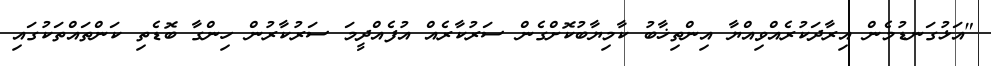
"އަޅުގަނޑުމެން އިރާދަކުރެއްވިއްޔާ އިންތިޚާބު ކާމިޔާބުކޮށްގެން ސަރުކާރެއް އުފެއްދީމަ ސަރުކާރުން ހިންގާ ބޮޑެތި ކަންތައްތަކުގައި